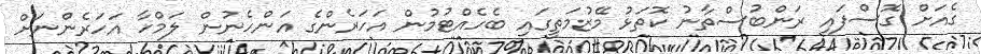
ގެއަށް ގޮސްފައި ރަންބުސްތާނު ކޮތަޅު މޭޒުމަތީގައި ބެހެއްޓުމުން އަހަރެންގެ އަންހެނުން ލަމްހާ އަހަރެންނަށް